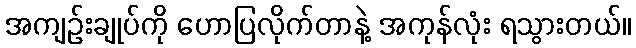
အကျဉ်းချုပ်ကို ဟောပြလိုက်တာနဲ့ အကုန်လုံး ရသွားတယ်။